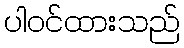
ပါဝင်ထားသည်